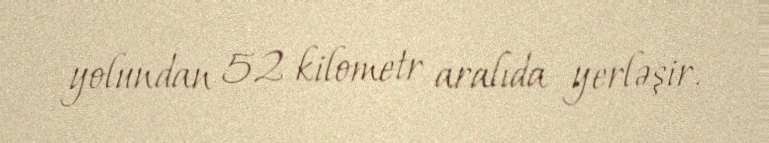
yolundan 52 kilometr aralıda yerləşir.